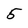
Character: 5